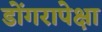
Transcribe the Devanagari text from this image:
डोंगरापेक्षा